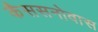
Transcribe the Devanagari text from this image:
कैससनोवास